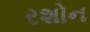
રશોન